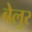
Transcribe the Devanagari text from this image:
बेलुर